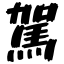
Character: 駕